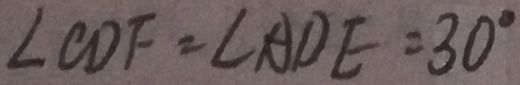
\angle C D F = \angle A D E = 3 0 ^ { \circ }